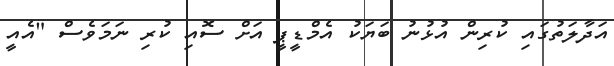
އަދާލަތުގައި ކުރިން އުޅުނު ބަޔަކު އެމްޑީޕީ އަށް ސޮއި ކުރި ނަމަވެސް "އެއީ